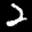
Label: 2